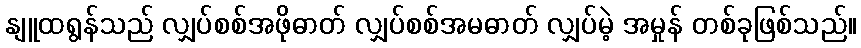
နျူထရွန်သည် လျှပ်စစ်အဖိုဓာတ် လျှပ်စစ်အမဓာတ် လျှပ်မဲ့ အမှုန် တစ်ခုဖြစ်သည်။